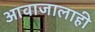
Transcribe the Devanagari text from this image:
आवाजालाही